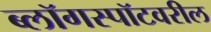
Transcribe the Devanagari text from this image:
ब्लॉगस्पॉटवरील